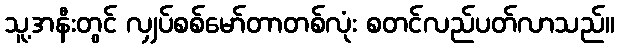
သူ့အနီးတွင် လျှပ်စစ်မော်တာတစ်လုံး စတင်လည်ပတ်လာသည်။